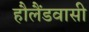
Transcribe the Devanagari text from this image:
हौलैंडवासी